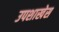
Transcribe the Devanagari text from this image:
उपशाखेस